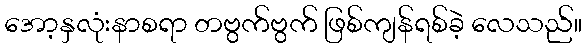
အော့နှလုံးနာစရာ တဗွက်ဗွက် ဖြစ်ကျန်ရစ်ခဲ့ လေသည်။